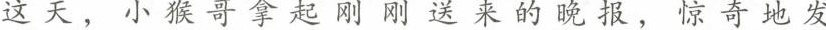
这天，小猴哥拿起刚刚送来的晚报，惊奇地发